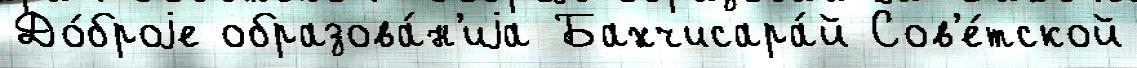
До́броjе образова́н'иjа Бахчисара́й Сов'е́тской